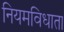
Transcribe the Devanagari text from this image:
नियमविधाता